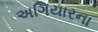
અગિયારના